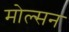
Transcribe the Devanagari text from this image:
मोल्सन